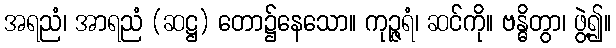
အရညံ၊ အာရညံ (ဆဋ္ဌ) တော၌နေသော။ ကုဉ္ဇရံ၊ ဆင်ကို။ ဗန္ဓိတွာ၊ ဖွဲ့၍။